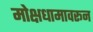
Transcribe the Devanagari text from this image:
मोक्षधामावरून